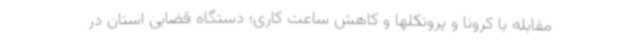
مقابله با کرونا و پروتکلها و کاهش ساعت کاری؛ دستگاه قضایی استان در